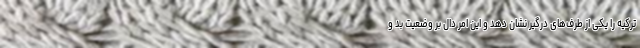
ترکیه را یکی از طرف‌های درگیر نشان دهد و این امر دال بر وضعیت بد و